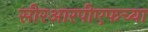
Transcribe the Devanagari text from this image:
सीरआरपीएफच्या